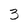
Character: 3